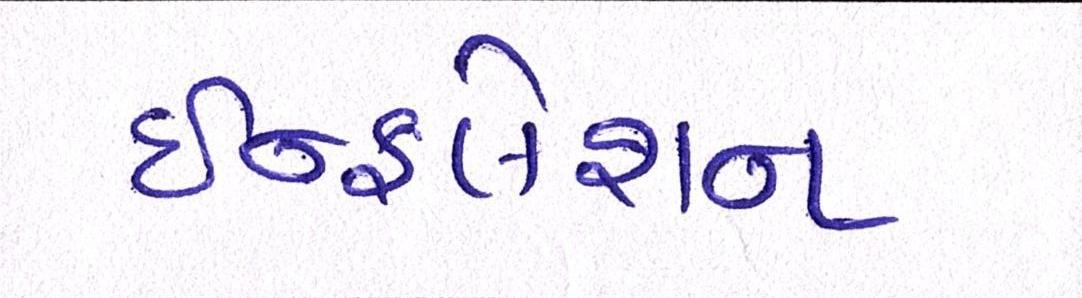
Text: ઇન્ફલેશન